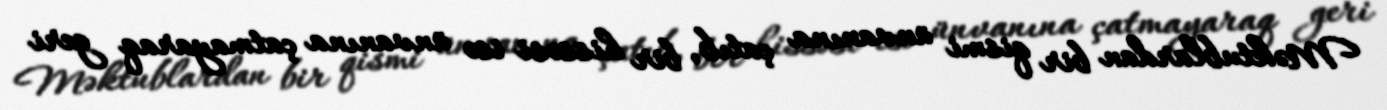
Məktublardan bir qismi ünvanına çatıb, bir hissəsi isə ünvanına çatmayaraq geri